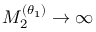
M _ { 2 } ^ { ( \theta _ { 1 } ) } \to \infty